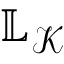
\mathbb { L } _ { \mathcal { K } }